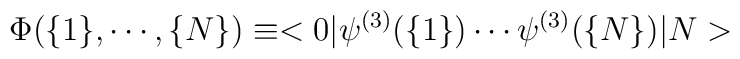
\Phi (\{1\}, \cdots, \{N\})\equiv < 0|\psi^{(3)} (\{1\}) \cdots \psi^{(3)} (\{N\}) |N >